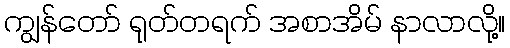
ကျွန်တော် ရုတ်တရက် အစာအိမ် နာလာလို့။